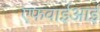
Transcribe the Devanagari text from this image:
एफवाईआई